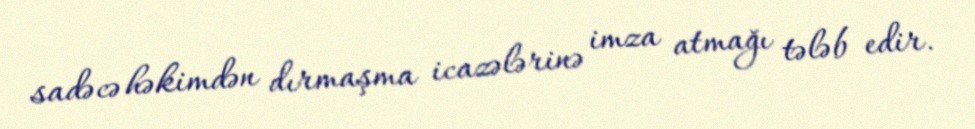
sadəcə həkimdən dırmaşma icazələrinə imza atmağı tələb edir.